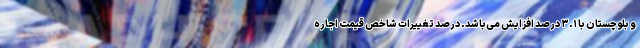
و بلوچستان با ٣.١ درصد افزایش می‌باشد. درصد تغییرات شاخص قیمت اجاره